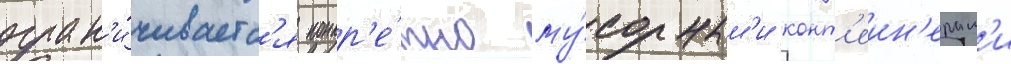
огран'и́чиваетс'я конкр'е́тно му́сорным'и конт'еин'ерам'и